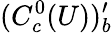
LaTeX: (C_{c}^{0}(U))_{b}^{\prime}